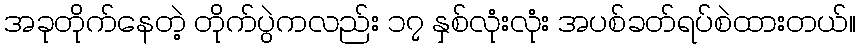
အခုတိုက်နေတဲ့ တိုက်ပွဲကလည်း ၁၇ နှစ်လုံးလုံး အပစ်ခတ်ရပ်စဲထားတယ်။